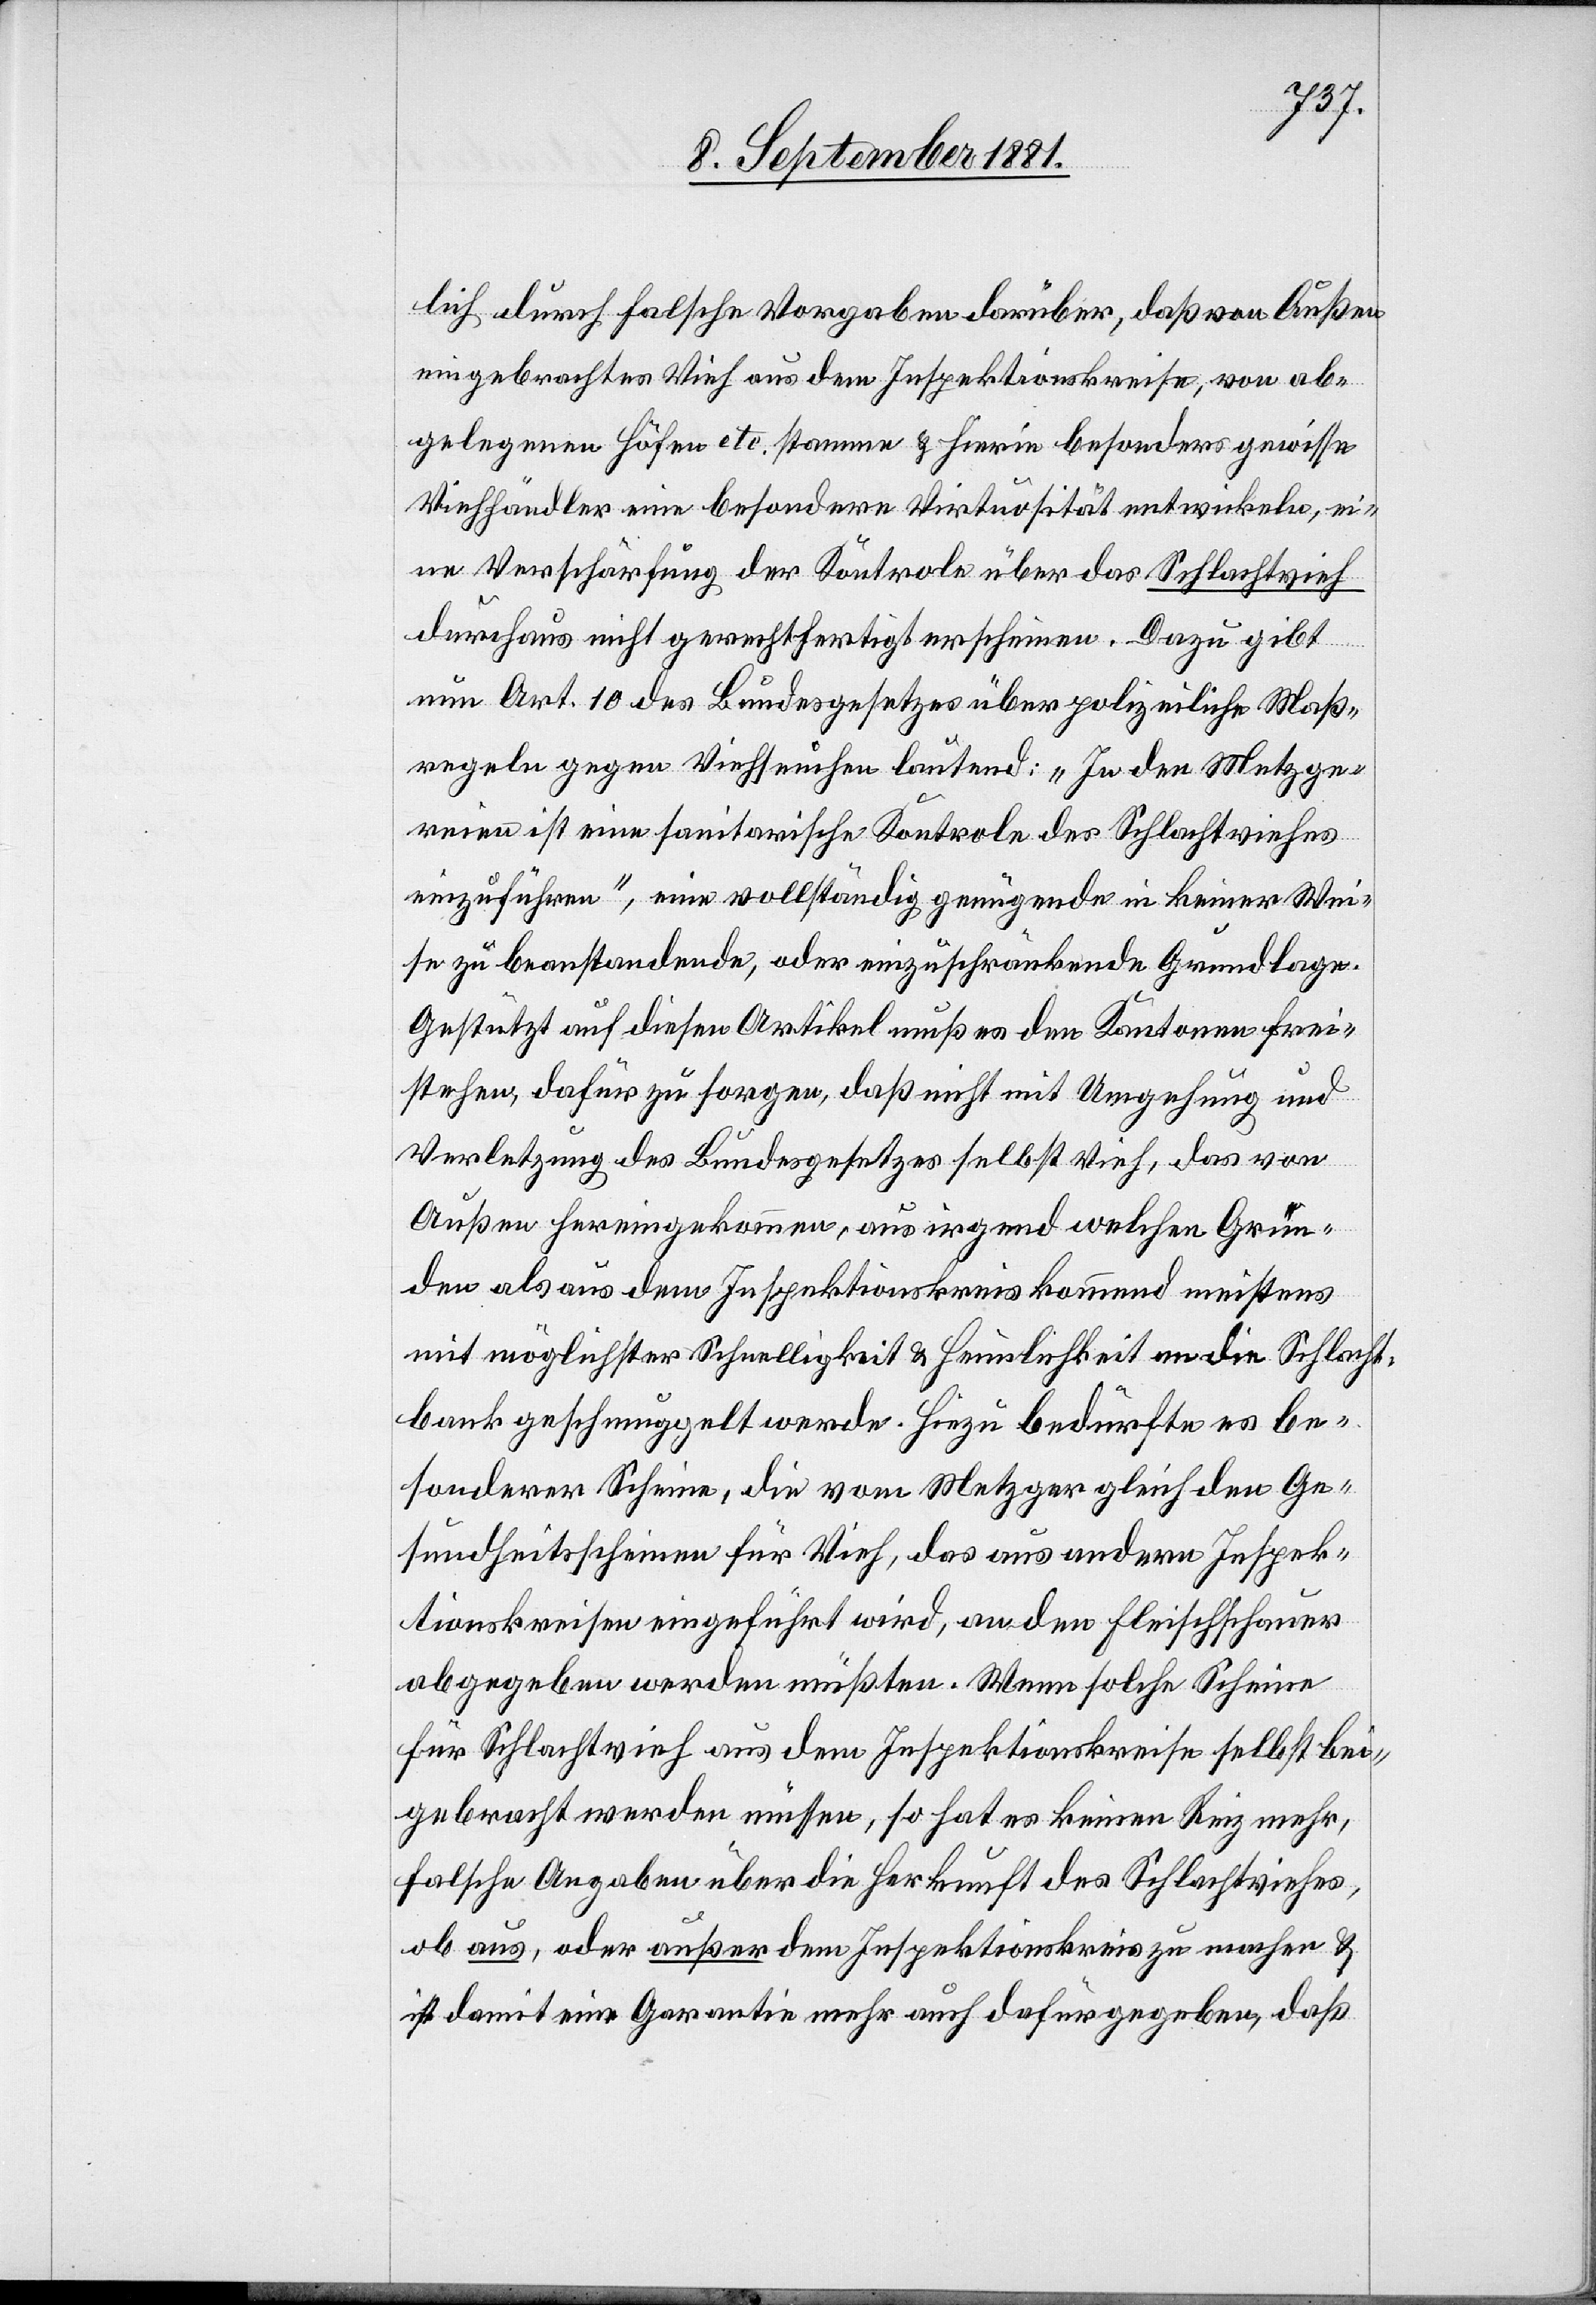
lich durch falsche Vorgaben darüber, daß von Außen
eingebrachtes Vieh aus dem Inspektionskreise, von ab¬
gelegenen Höfen etc. stamme & hierin besonders gewisse
Viehhändler eine besondere Virtuosität entwickeln, ei¬
ne Verschärfung der Kontrole über das Schlachtvieh
durchaus nicht gerechtfertigt erscheinen. Dazu gibt
nun Art. 10 des Bundesgesetzes über polizeiliche Maß¬
regeln gegen Viehseuchen lautend: „In den Metzge¬
reien ist eine sanitarische Kontrole des Schlachtviehes
einzuführen“, eine vollständig genügende in keiner Wei¬
se zu beanstandende, oder einzuschränkende Grundlage.
Gestützt auf diesen Artikel muß es den Kantonen frei¬
stehen, dafür zu sorgen, daß nicht mit Umgehung und
Verletzung des Bundesgesetzes selbst Vieh, das von
Außen hereingekommen, aus irgend welchen Grün¬
den als aus dem Inspektionskreis kommend meistens
mit möglichster Schnelligkeit & Heimlichkeit an die Schlacht¬
bank geschmuggelt werde. Hiezu bedürfe es be¬
sonderer Scheine, die vom Metzger gleich den Ge¬
sundheitsscheinen für Vieh, das aus andern Inspek¬
tionskreisen eingeführt wird, an den Fleischhauer
abgegeben werden müßten. Wenn solche Scheine
für Schlachtvieh aus dem Inspektionskreise selbst bei¬
gebracht werden müssen, so hat es keinen Reiz mehr,
falsche Angaben über die Herkunft des Schlachtviehes,
ob aus, oder außer dem Inspektionskreis zu machen &
ist damit eine Garantie mehr auch dafür gegeben, daß